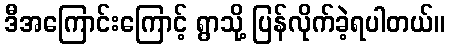
ဒီအကြောင်းကြောင့် ရွာသို့ ပြန်လိုက်ခဲ့ရပါတယ်။